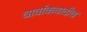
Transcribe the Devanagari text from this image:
चार्वाकवादीच